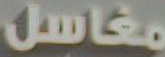
مغاسل